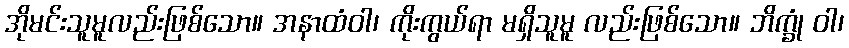
အိုမင်းသူမူလည်းဖြစ်သော။ အနာထံဝါ၊ ကိုးကွယ်ရာ မရှိသူမူ လည်းဖြစ်သော။ ဘိက္ခုံ ဝါ၊